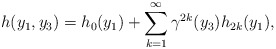
\begin{align*}h(y_1, y_3)=h_{0}(y_1)+\sum_{k=1}^{\infty} {\gamma}^{2k}(y_3) h_{2k}(y_1),\end{align*}